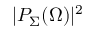
| P _ { \Sigma } ( \Omega ) | ^ { 2 }